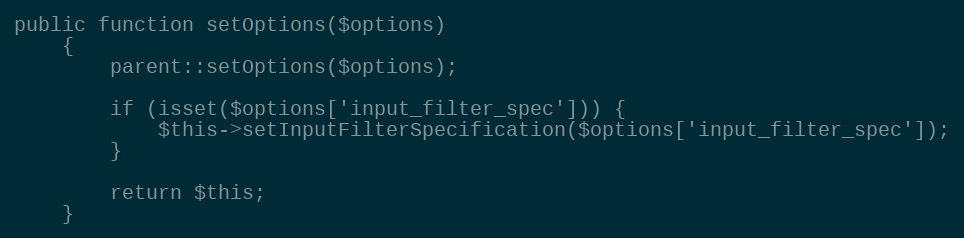
Language: PHP
public function setOptions($options)
    {
        parent::setOptions($options);

        if (isset($options['input_filter_spec'])) {
            $this->setInputFilterSpecification($options['input_filter_spec']);
        }

        return $this;
    }